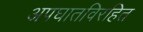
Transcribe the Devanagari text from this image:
अपघातविरहित